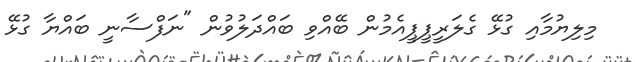
މިލިޔުމާއި ގުޅޭ ގެލަރީޕީޕީއެމުން ބޭއްވި ބައްދަލުވުން "ނަފްސާނީ ބައްޔާ ގުޅޭ